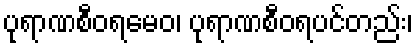
ပုရာဏစီဝရမေဝ၊ ပုရာဏစီဝရပင်တည်း၊